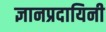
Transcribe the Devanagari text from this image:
ज्ञानप्रदायिनी